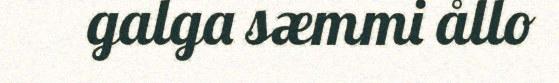
galga sæmmi ållo